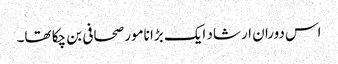
اس دوران ارشاد ایک بڑا نامور صحافی بن چکا تھا۔